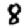
Digit: 8